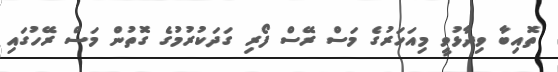
ތޮއިބާ ވިދާޅުވީ މިއަހަރުގެ މަސް ރޭސް ފޯރި ގަދަކުރުމުގެ ގޮތުން މަސް ރޭހުގައި